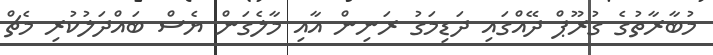
މުބާރާތުގެ ގުރޫޕް ދޭއްގައި ދަޑިމަގު ރަނިން އާއި މާލެގަން ޔެސް ބައްދަލުކުރި މެޗް